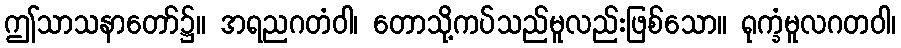
ဤသာသနာတော်၌။ အရညဂတံဝါ၊ တောသို့ကပ်သည်မူလည်းဖြစ်သော။ ရုက္ခံမူလဂတဝါ၊